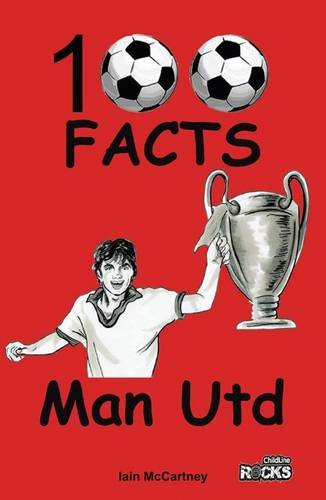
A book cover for Manchester United - 100 Facts; Iain McCartney; Teen & Young Adult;